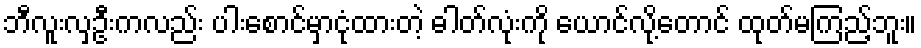
ဘီလူးလှဦးကလည်း ပါးစောင်မှာငုံထားတဲ့ ဓါတ်လုံးကို ယောင်လို့တောင် ထုတ်မကြည့်ဘူး။